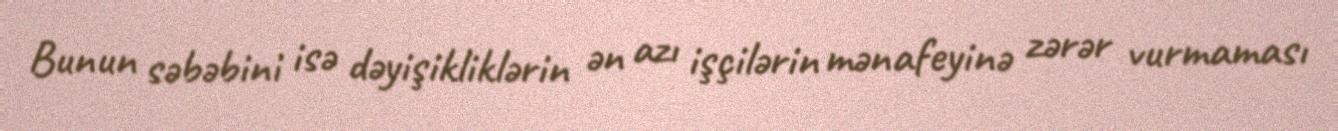
Bunun səbəbini isə dəyişikliklərin ən azı işçilərin mənafeyinə zərər vurmaması